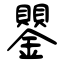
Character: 鑍